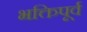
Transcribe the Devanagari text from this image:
भक्तिपूर्व